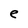
Character: e